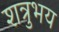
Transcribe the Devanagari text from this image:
शत्रुभय